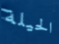
الحيلة